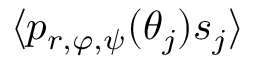
\langle p _ { r , \varphi , \psi } ( \theta _ { j } ) s _ { j } \rangle